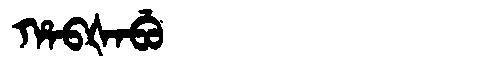
Manchu: ᡥᠠᠪᡧᠠᠪᡠ
Romanization: HABŠABU